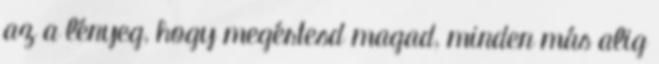
az a lényeg, hogy megértesd magad, minden más alig